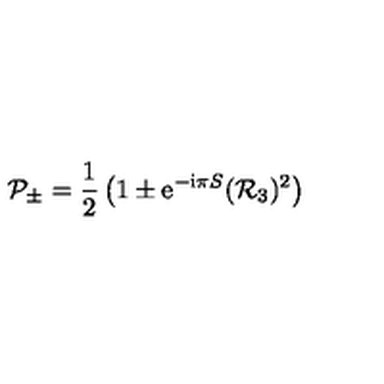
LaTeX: { \cal P } _ { \pm } = \frac { 1 } { 2 } \left( 1 \pm { \mathrm e } ^ { - { \mathrm i } \pi S } ( { \cal R } _ { 3 } ) ^ { 2 } \right)